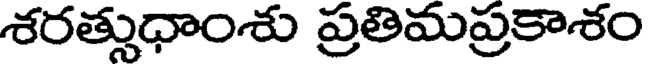
శరత్సుధాంశు ప్రతిమప్రకాశం